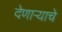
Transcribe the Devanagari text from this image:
देणाऱ्याचे